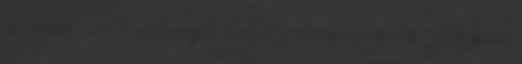
de addig zord körülmények uralják a város éghajlatát. Figyelem